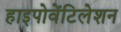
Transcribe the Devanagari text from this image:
हाइपोवेंटिलेशन